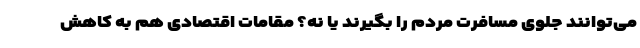
می‌توانند جلوی مسافرت مردم را بگیرند یا نه؟ مقامات اقتصادی هم به کاهش